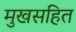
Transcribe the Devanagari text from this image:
मुखसहित